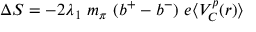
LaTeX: \Delta S = - 2 \lambda _ { 1 } \ m _ { \pi } \ ( b ^ { + } - b ^ { - } ) \ e \langle V _ { C } ^ { p } ( r ) \rangle